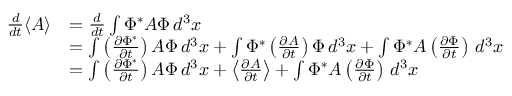
{ \begin{array} { r l } { { \frac { d } { d t } } \langle A \rangle } & { = { \frac { d } { d t } } \int \Phi ^ { * } A \Phi \, d ^ { 3 } x } \\ & { = \int \left( { \frac { \partial \Phi ^ { * } } { \partial t } } \right) A \Phi \, d ^ { 3 } x + \int \Phi ^ { * } \left( { \frac { \partial A } { \partial t } } \right) \Phi \, d ^ { 3 } x + \int \Phi ^ { * } A \left( { \frac { \partial \Phi } { \partial t } } \right) \, d ^ { 3 } x } \\ & { = \int \left( { \frac { \partial \Phi ^ { * } } { \partial t } } \right) A \Phi \, d ^ { 3 } x + \left\langle { \frac { \partial A } { \partial t } } \right\rangle + \int \Phi ^ { * } A \left( { \frac { \partial \Phi } { \partial t } } \right) \, d ^ { 3 } x } \end{array} }